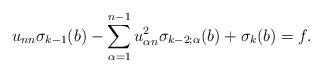
LaTeX: \begin{align*}u_{nn} \sigma_{k - 1} (b) - \sum_{\alpha = 1}^{n-1} u_{\alpha n}^2 \sigma_{k - 2; \alpha} (b) + \sigma_k (b) = f.\end{align*}